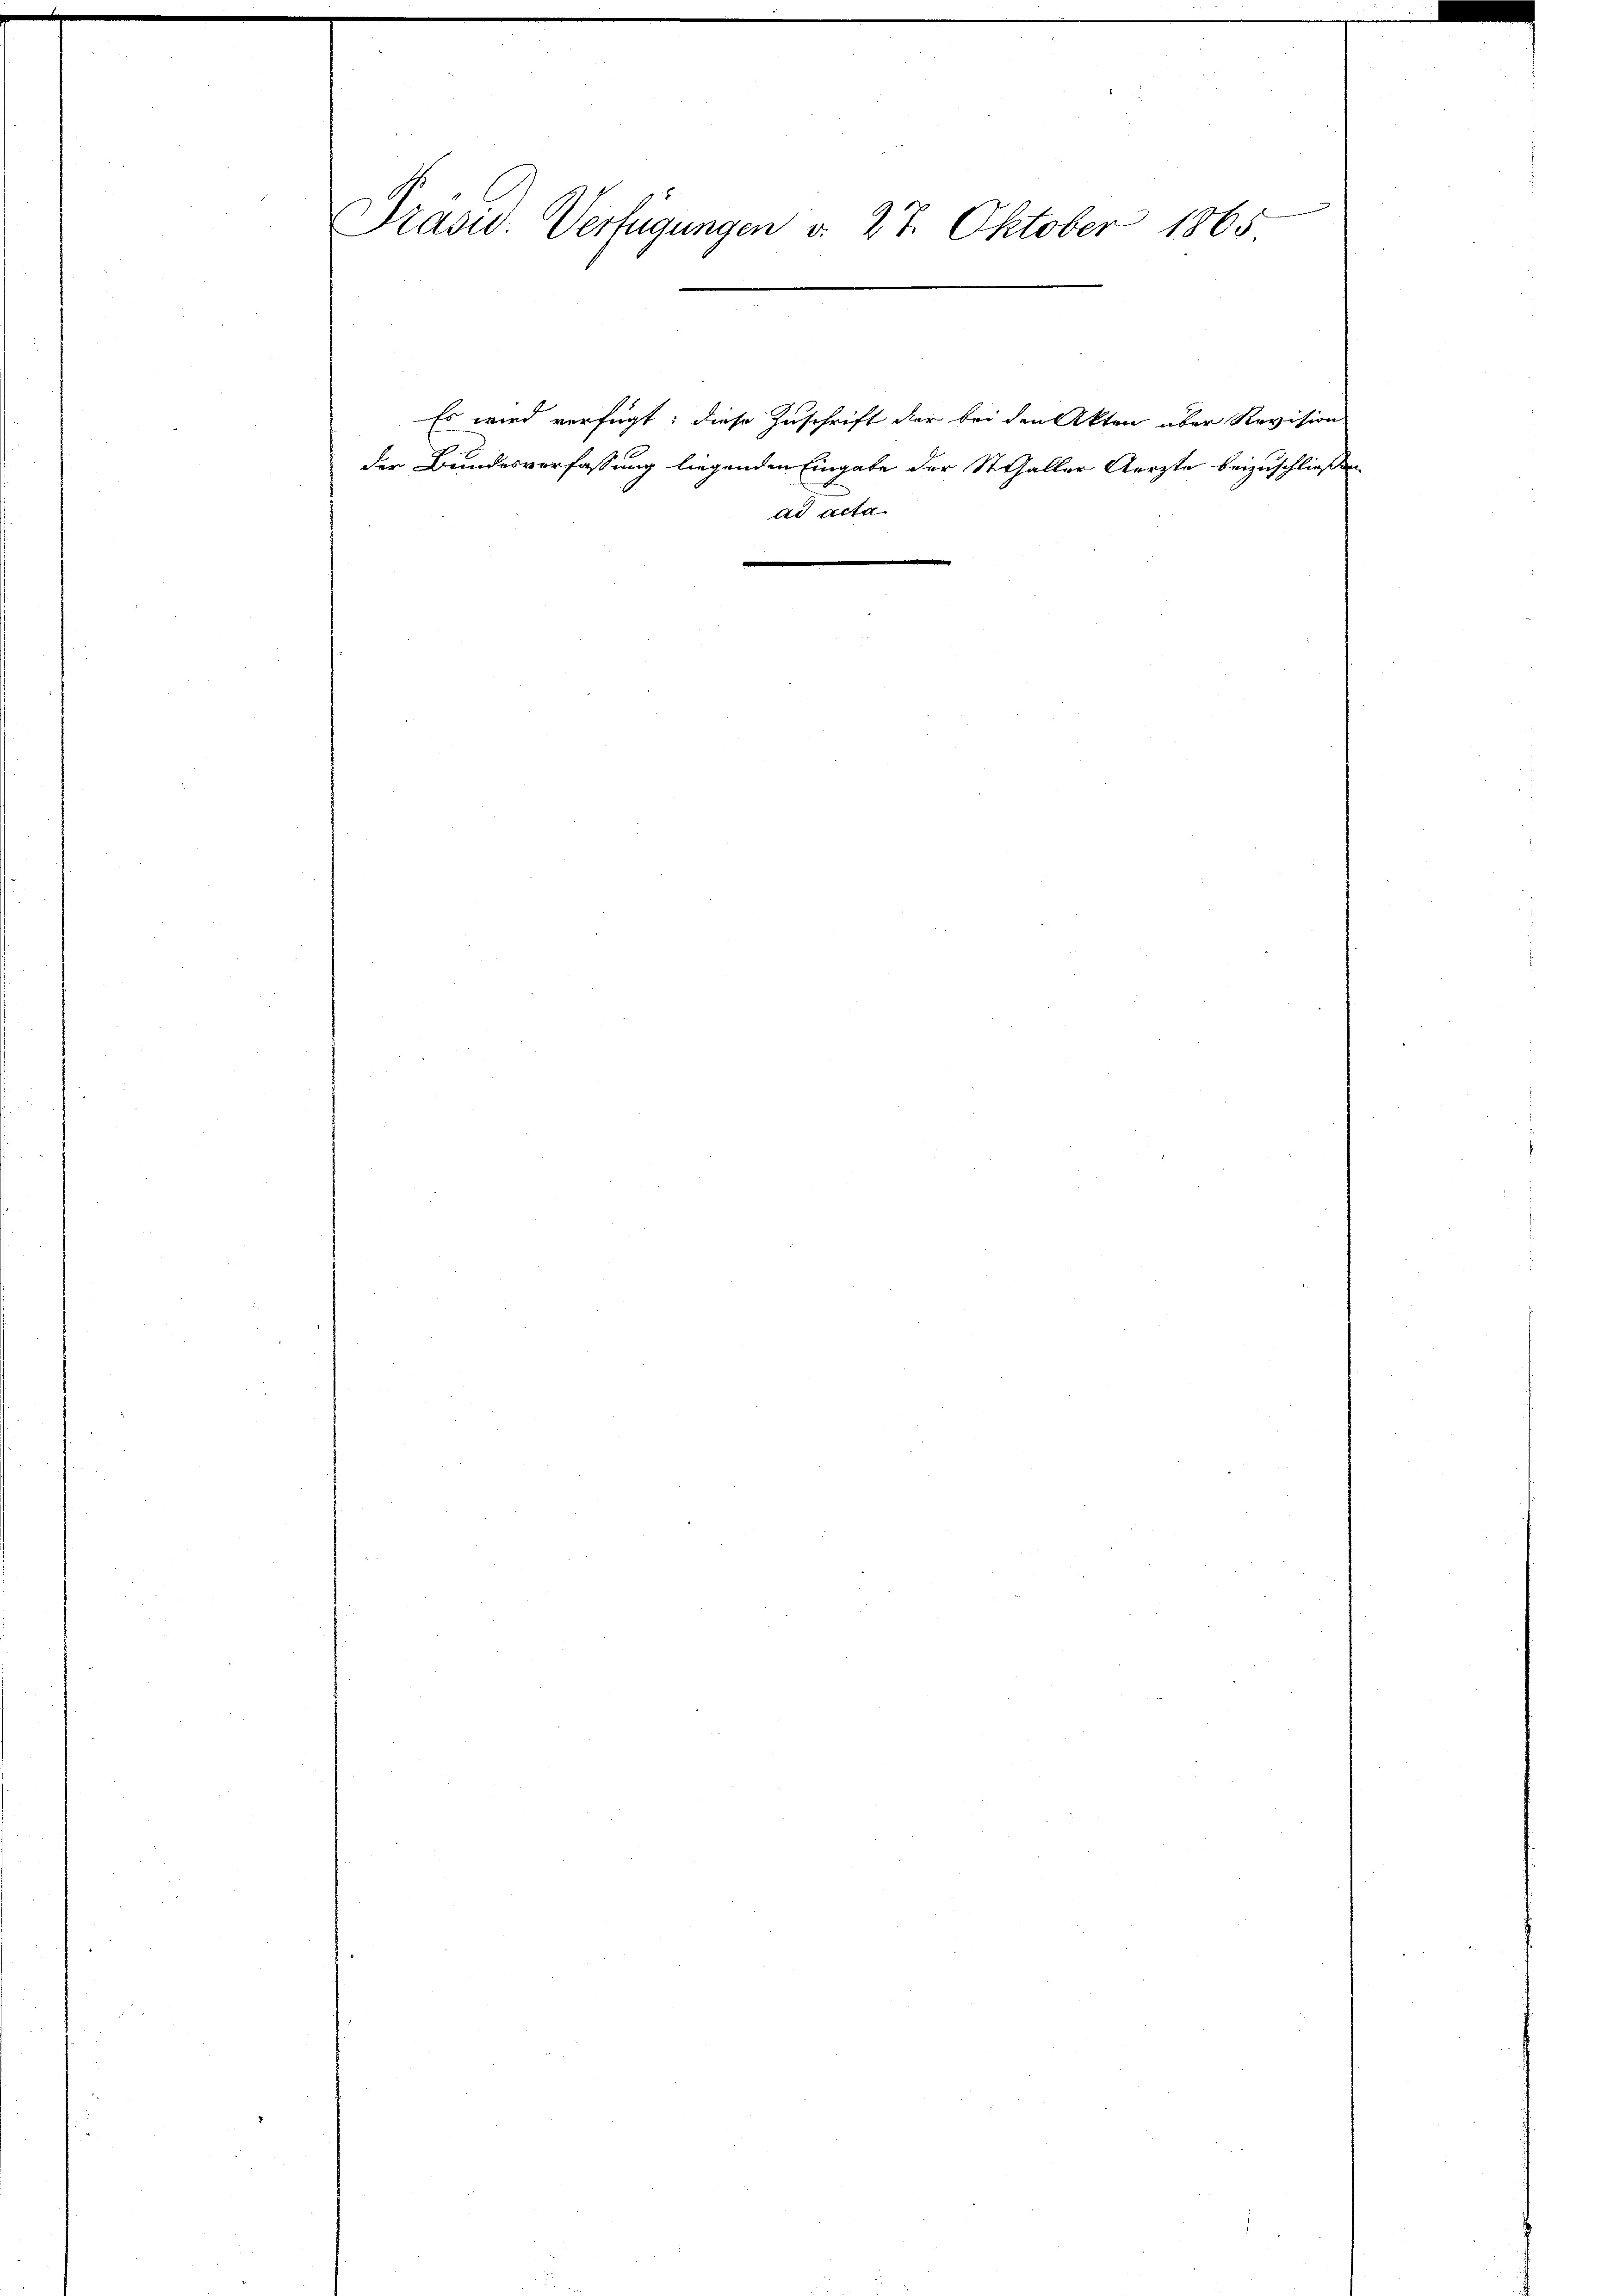
Präsid. Verfügungen d. 27. Oktober 1865.

Es wird verfügt: diese Zuschrift der bei den Akten oder Revision
der Bundesverfassung liegenden Eingabe der St. Galler Aerzte beizuschließen
ad acta